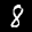
Label: 8